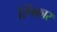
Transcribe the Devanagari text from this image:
स्पिकार